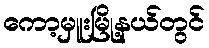
ကော့မှူးမြို့နယ်တွင်